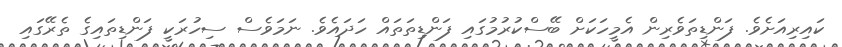
ކައިރިއަށެވެ. ފަންޑިތަވެރިން އެމީހަކަށް ބޭސްކުރުމުގައި ފަންޑިތަތައް ހަދައެވެ. ނަމަވެސް ސިހުރަކީ ފަންޑިތައިގެ ތެރޭގައި